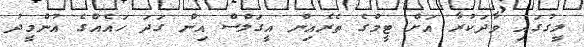
ލީގުގައި ވާދަކުރާ އަށް ޓީމްގެ ތެރެއިން އީގަލްސް އިން ގަދަ ހައެއްގެ އުންމީދު